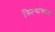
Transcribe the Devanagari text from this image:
किल्यासाठी